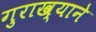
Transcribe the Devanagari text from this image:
गुराख्याने